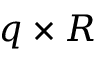
q \times R